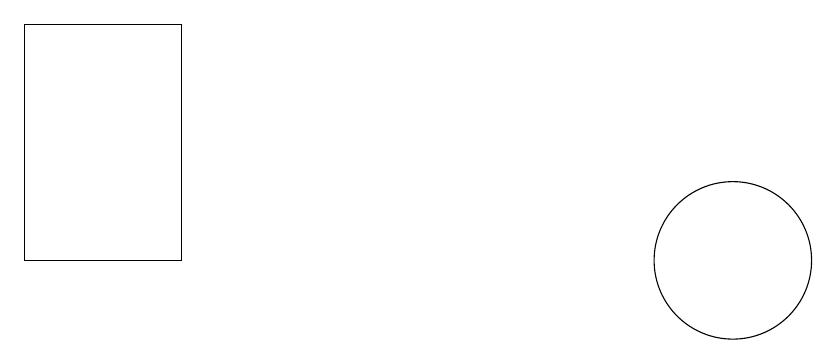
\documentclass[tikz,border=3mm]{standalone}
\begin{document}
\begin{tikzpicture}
\draw (10,10) circle (0);
\draw (10,11) circle (1);
\draw (1,11) rectangle (3,14);
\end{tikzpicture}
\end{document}